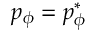
p _ { \phi } = p _ { \phi } ^ { * }